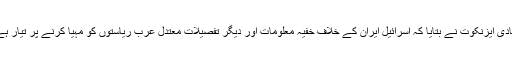
غادی ایزنکوت نے بتایا کہ اسرائیل ایران کے خلاف خفیہ معلومات اور دیگر تفصیلات معتدل عرب ریاستوں کو مہیا کرنے پر تیار ہے۔